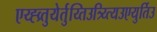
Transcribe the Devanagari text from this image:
एय्ह्व्र्तुयेर्तुय्तिउत्र्य्त्यिउएयुर्तिउ